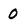
Character: 0